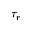
\tau _ { r }